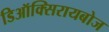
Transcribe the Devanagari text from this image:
डिऑक्सिरायबोज